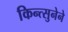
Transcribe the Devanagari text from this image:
किन्त्सुनेने